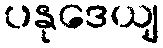
ပနုဒေယျ